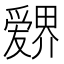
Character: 𱭉